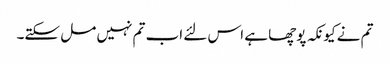
تم نے کیونکہ پوچھا ہے اس لئے اب تم نہیں مل سکتے۔